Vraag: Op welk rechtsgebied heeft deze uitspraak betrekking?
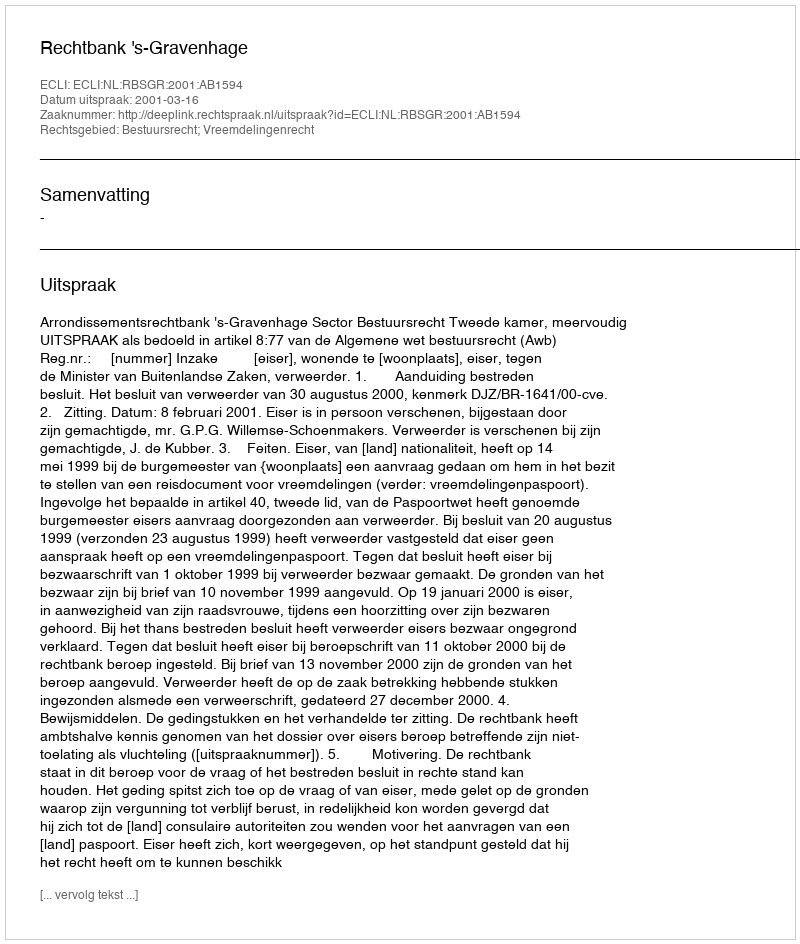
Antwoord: Bestuursrecht; Vreemdelingenrecht